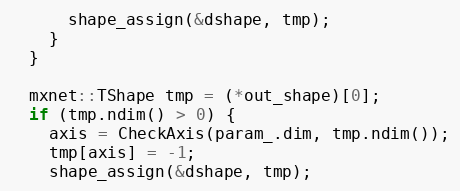
Language: C++
      shape_assign(&dshape, tmp);
    }
  }

  mxnet::TShape tmp = (*out_shape)[0];
  if (tmp.ndim() > 0) {
    axis = CheckAxis(param_.dim, tmp.ndim());
    tmp[axis] = -1;
    shape_assign(&dshape, tmp);